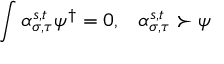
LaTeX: \int \alpha _ { \sigma , \tau } ^ { s , t } \psi ^ { \dagger } = 0 , \; \; \; \alpha _ { \sigma , \tau } ^ { s , t } \succ \psi